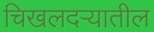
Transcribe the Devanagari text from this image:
चिखलदऱ्यातील